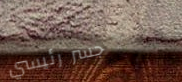
جسر رئيسي